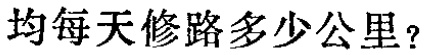
均每天修路多少公里？